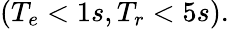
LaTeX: (T_{e}<1s,T_{r}<5s).